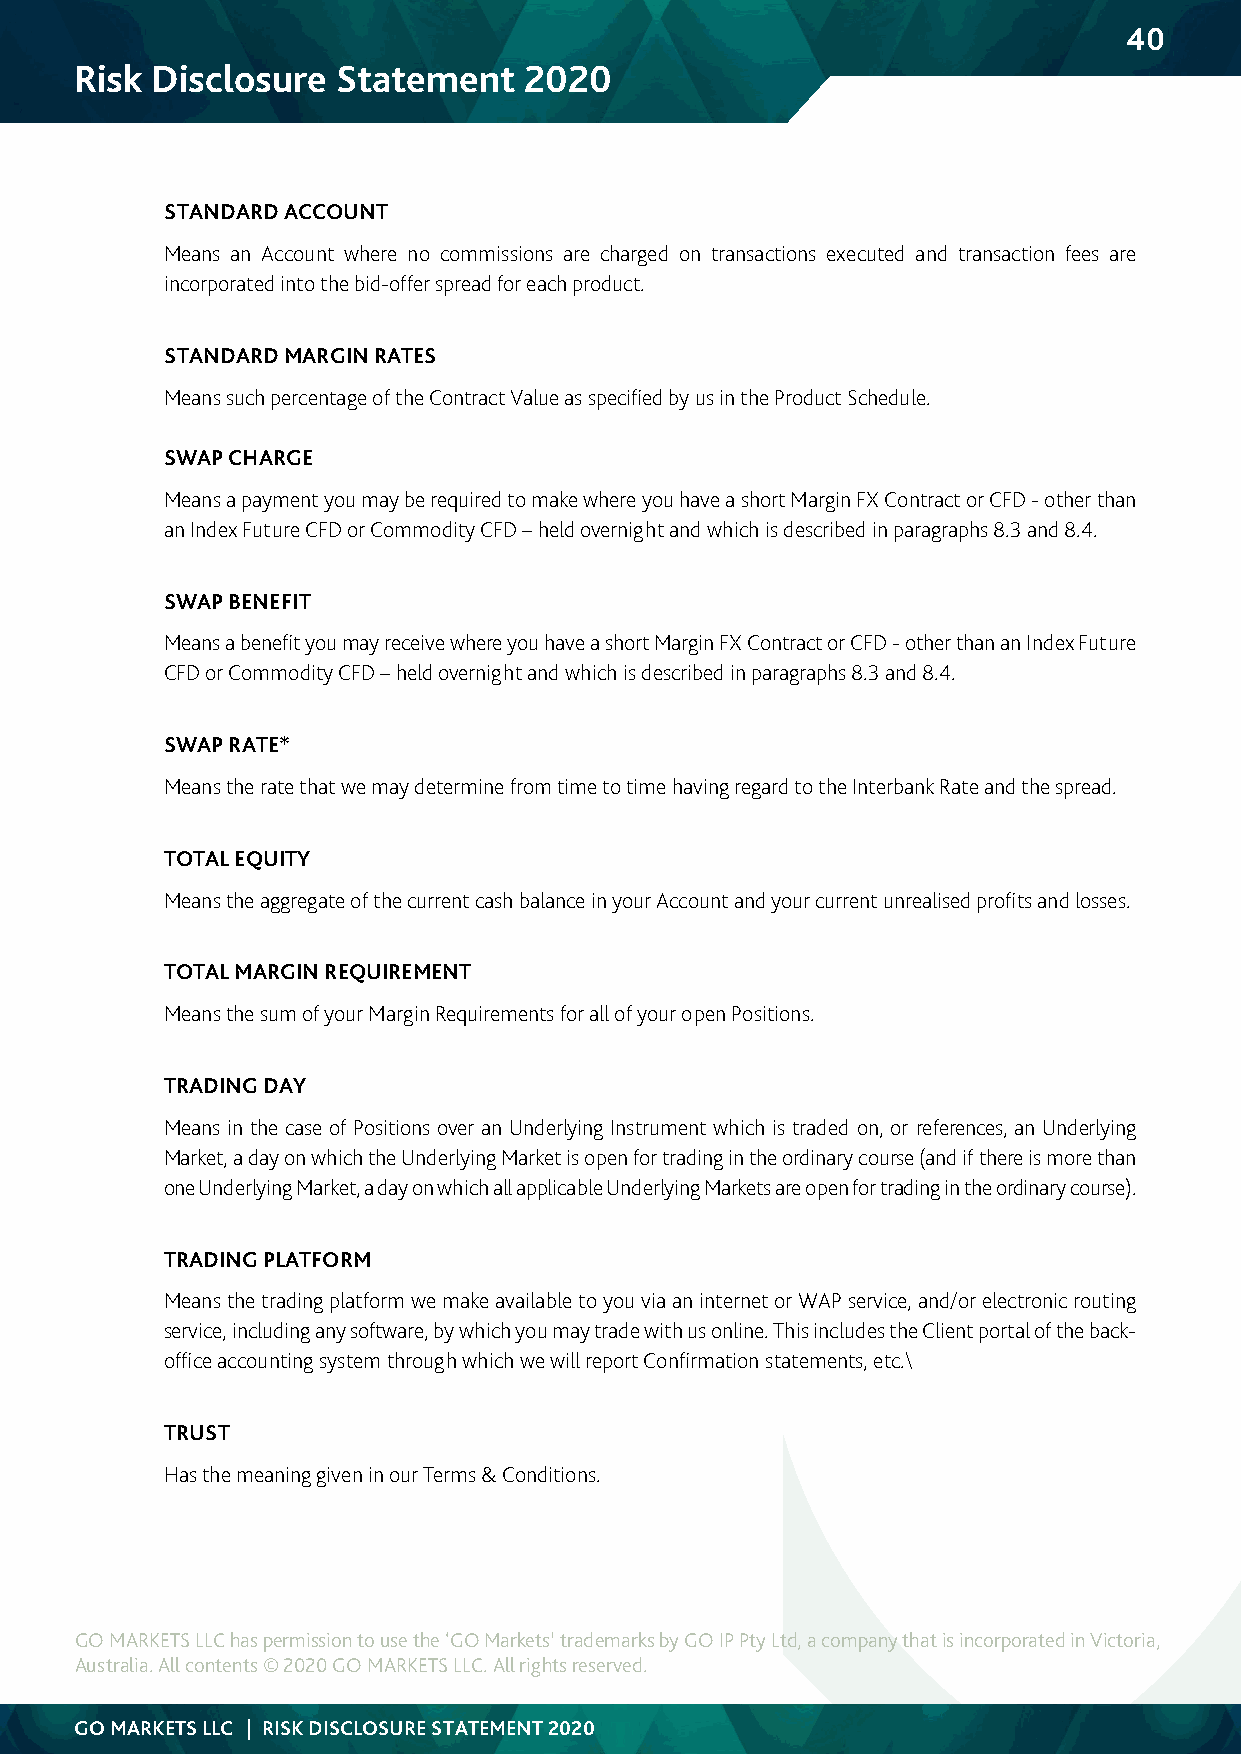
40
 Risk Disclosure  Statement    2020
 STANDARD ACCOUNT
 Means an Account where no commissions are charged on transactions executed and transaction fees are
 incorporated into the bid-offer spread for each product.
 STANDARD MARGIN RATES
 Means such percentage of the Contract Value as specified by us in the Product Schedule.
 SWAP CHARGE
 Means a payment you may be required to make where you have a short Margin FX Contract or CFD - other than
 an Index Future CFD or Commodity CFD – held overnight and which is described in paragraphs 8.3 and 8.4.
 SWAP BENEFIT
 Means a benefit you may receive where you have a short Margin FX Contract or CFD - other than an Index Future
 CFD or Commodity CFD – held overnight and which is described in paragraphs 8.3 and 8.4.
 SWAP RATE*
 Means the rate that we may determine from time to time having regard to the Interbank Rate and the spread.
 TOTAL EQUITY
 Means the aggregate of the current cash balance in your Account and your current unrealised profits and losses.
 TOTAL MARGIN REQUIREMENT
 Means the sum of your Margin Requirements for all of your open Positions.
 TRADING DAY
 Means in the case of Positions over an Underlying Instrument which is traded on, or references, an Underlying
 Market, a day on which the Underlying Market is open for trading in the ordinary course (and if there is more than
 one Underlying Market, a day on which all applicable Underlying Markets are open for trading in the ordinary course).
 TRADING PLATFORM
 Means the trading platform we make available to you via an internet or WAP service, and/or electronic routing
 service, including any software, by which you may trade with us online. This includes the Client portal of the back-
 office accounting system through which we will report Confirmation statements, etc.\
 TRUST
 Has the meaning given in our Terms & Conditions.
 GO MARKETS LLC has permission to use the ‘GO Markets’ trademarks by GO IP Pty Ltd, a company that is incorporated in Victoria,
 Australia. All contents © 2020 GO MARKETS LLC. All rights reserved.
 GO MARKETS LLC | RISK DISCLOSURE STATEMENT 2020